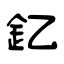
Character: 釔